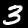
Digit: 3